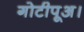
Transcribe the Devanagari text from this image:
गोटीपूअ।